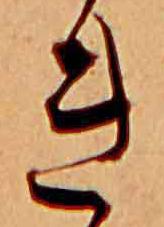
き